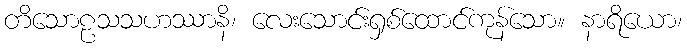
တိသောဠသသဟဿာနိ၊ လေးသောင်းရှစ်ထောင်ကုန်သော။ နာရိယော၊